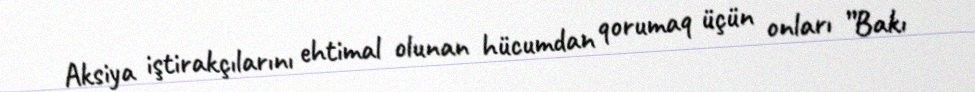
Aksiya iştirakçılarını ehtimal olunan hücumdan qorumaq üçün onları ”Bakı